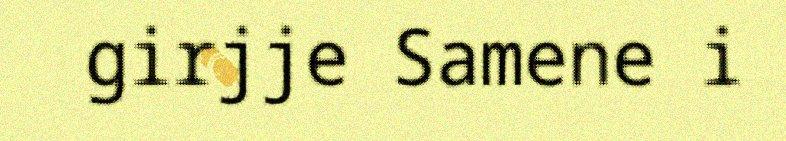
girjje Samene i